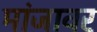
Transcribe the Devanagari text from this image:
मांजावर